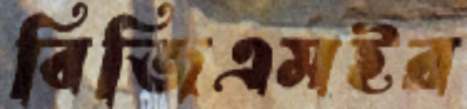
বিজিএমইর